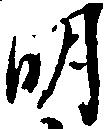
明